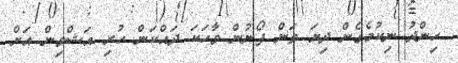
ހިންދު ނިކުމެގެން ދިޔަ ތަން ފޯނުން ވާހަކަ ދައްކަން ހުރި އަޝްވިން އަށް